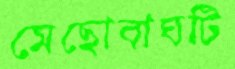
মেছোবাঘটি